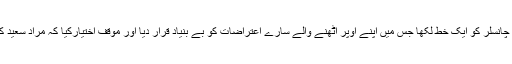
مس شہلا نے بھی اس خط کے جواب میں وائس چانسلر کو ایک خط لکھا جس میں اپنے اوپر اٹھنے والے سارے اعتراضات کو بے بنیاد قرار دیا اور موقف اختیارکیا کہ مراد سعید کو تو 2011 میں ڈیپارٹمنٹ کی طرف سے ڈی۔